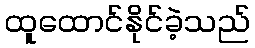
ထူထောင်နိုင်ခဲ့သည်